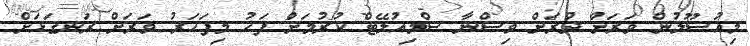
މިއުސޫލުން ވަރަށް ދުރަށް ވިސްނާ ސްމިއުލޭޓް ކުރުމަށް ފަހު މިފަހަރު ވަރަށް ރަނގަޅަށް